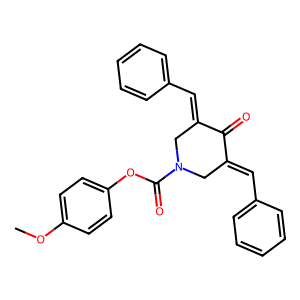
SMILES: COc1ccc(OC(=O)N2CC(=Cc3ccccc3)C(=O)C(=Cc3ccccc3)C2)cc1
Inhibits HIV replication: No